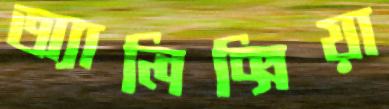
অ্যালিক্সিয়া